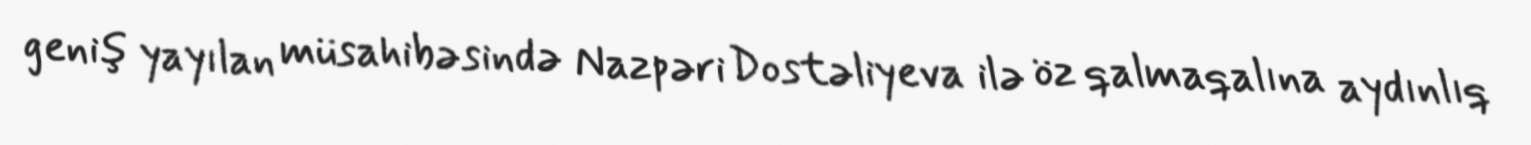
geniş yayılan müsahibəsində Nazpəri Dostəliyeva ilə öz qalmaqalına aydınlıq